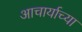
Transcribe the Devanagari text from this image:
आचार्याच्या